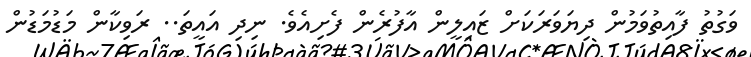
ވަގުތު ފާއިތުވަމުން ދިޔަވަރަކަށް ޒައިލީން އާފުރެން ފެށިއެވެ. ނިދި އައީތަ.. ރަވިކާން މަޑުމަޑުން